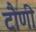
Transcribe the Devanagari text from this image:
टौणी